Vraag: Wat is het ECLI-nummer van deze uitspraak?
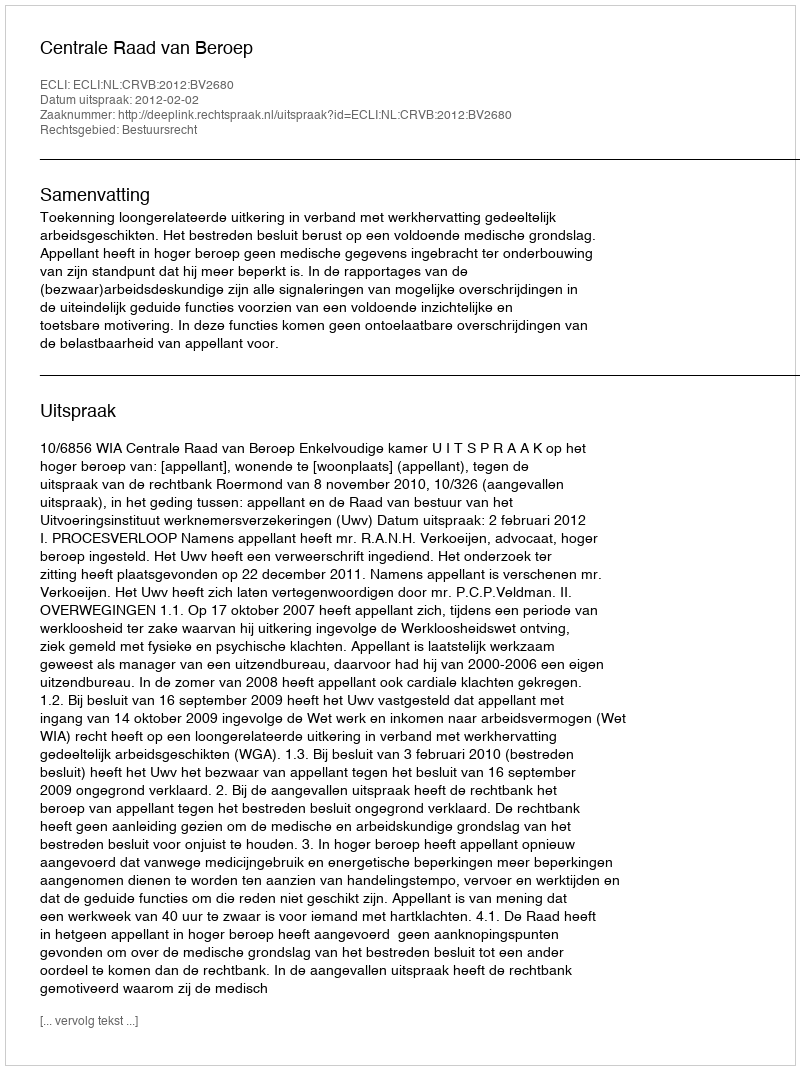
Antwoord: ECLI:NL:CRVB:2012:BV2680